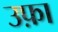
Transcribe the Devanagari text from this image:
उफ़ा